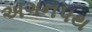
અગનપથ